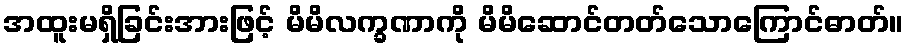
အထူးမရှိခြင်းအားဖြင့် မိမိလက္ခဏာကို မိမိဆောင်တတ်သောကြောင်ဓာတ်။